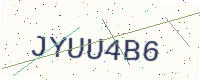
Text: JYUU4B6